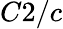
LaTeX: C2/c